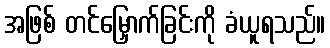
အဖြစ် တင်မြှောက်ခြင်းကို ခံယူရသည်။